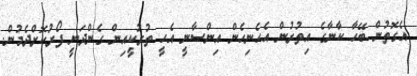
އެގޮތުން ބޭހާ ކާނާގެ އިތުރުން އެހެނިހެން އިންސާނީ އެހީ ތުރުކީއިން ގެންދަނީ ފޯރުކޮށްދެމުން.